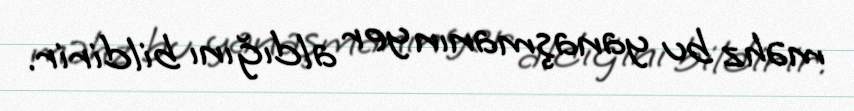
məhz bu yanaşmanın yer aldığını bildirir.